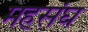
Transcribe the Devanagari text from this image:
महसंघ